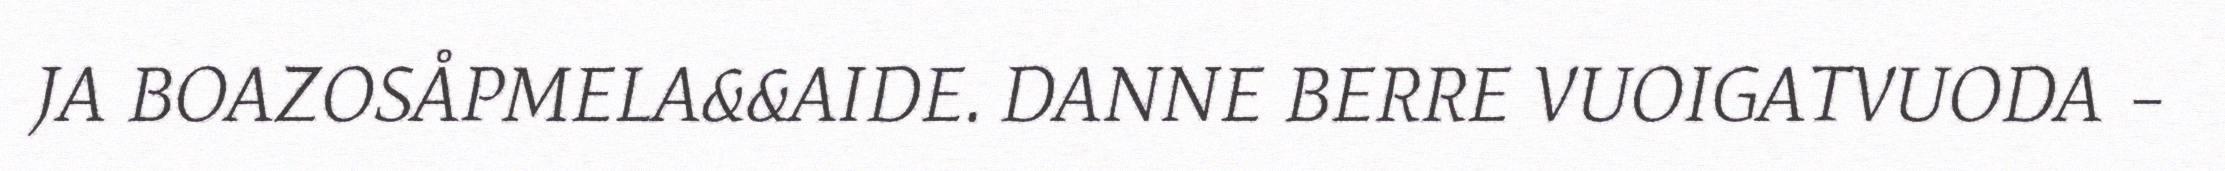
JA BOAZOSÅPMELA&&AIDE. DANNE BERRE VUOIGATVUODA –